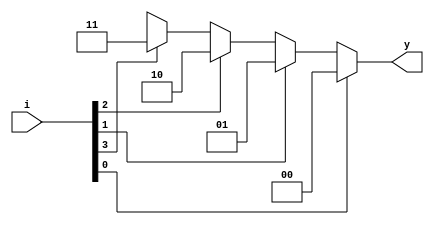
`timescale 1ns / 1ps
//////////////////////////////////////////////////////////////////////////////////
// Company: 
// Engineer: 
// 
// Design Name: 
// Module Name: Encoder_4_2
// Project Name: 
// Target Devices: 
// Tool Versions: 
// Description: 
// 
// Dependencies: 
// 
// Revision:
// Revision 0.01 - File Created
// Additional Comments:
// 
//////////////////////////////////////////////////////////////////////////////////


module Encoder1_4_2(
input [3:0] i,
output reg [1:0] y
);

always@(i)
begin
if(i[0])
         y = 2'b00;
else if(i[1])
         y = 2'b01;
else if(i[2])
         y = 2'b10;
else if(i[3])
         y = 2'b11;
else
         y = 2'bxx;
end
endmodule